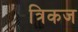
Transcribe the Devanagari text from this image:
त्रिकज